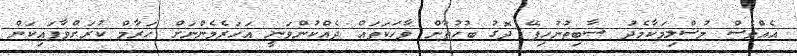
އެއްވެސް މުސްލިމަކާމެދު ސާބިތުނުހިފޭ ދޮގު ބުހުތާން ވާހަކަތައް ދެއްކުންވަނީ އަހަރެމެންނަށް ހަރާމް ކުރަށްވާފައިކަން